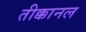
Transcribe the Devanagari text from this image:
तीक्कानल